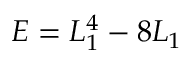
E = L _ { 1 } ^ { 4 } - 8 L _ { 1 }